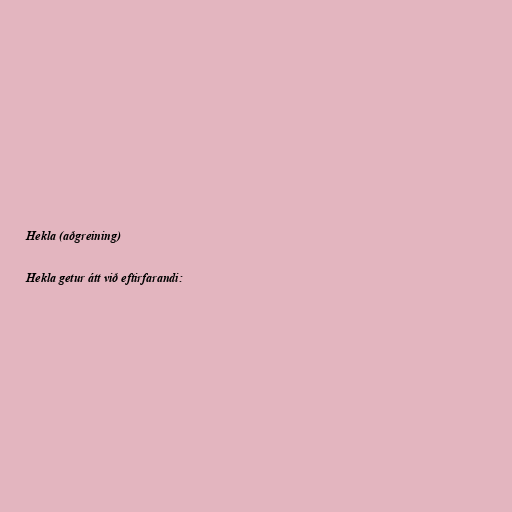
Hekla (aðgreining)

Hekla getur átt við eftirfarandi: